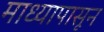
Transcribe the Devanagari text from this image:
माध्यापासून